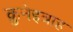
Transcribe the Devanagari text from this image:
क़ुनेइत्राह